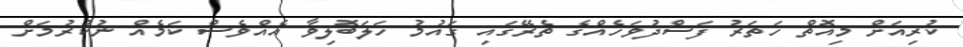
ކުރިއަށް މިއޮތް ހަތަރު ފަސްދުވަހެއްގެ ތެރޭގައި ގައުމު ހަލަބޮލިވާ އެއްވެސް ކަމެއް ނުކުރުމަށް